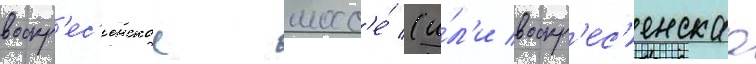
воскр'ес'енское шосс'е́ (и́л'и воскр'ес'енскаа